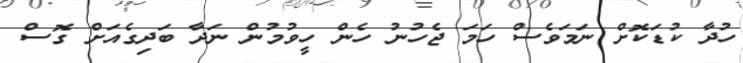
ހުދާ ކުޑަކޮށް ނަމަވެސް ހަމަ ޖެހުނު ހެން ހީވުމުން ނަދާ ބަދިގެއަށް ގޮސް